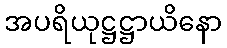
အပရိယုဋ္ဌဋ္ဌာယိနော